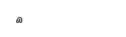
٤